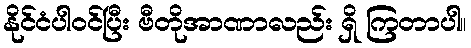
နိုင်ငံပါဝင်ပြီး ဗီတိုအာဏာလည်း ရှိ ကြတာပါ။